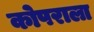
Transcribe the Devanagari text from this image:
कोपराला